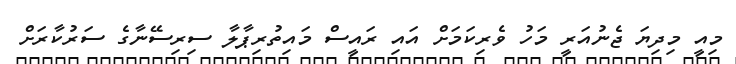
މިއީ މިދިޔަ ޖެނުއަރީ މަހު ވެރިކަމަށް އައި ރައީސް މައިތުރިޕާލާ ސިރިސޭނާގެ ސަރުކާރަށް